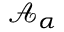
\mathcal { A } _ { \alpha }